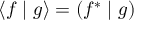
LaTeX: \left\langle f \mid g \right\rangle = \left( f ^ { * } \mid g \right)